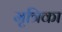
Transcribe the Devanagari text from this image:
मृत्रिका